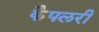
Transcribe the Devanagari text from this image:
कैपलरी